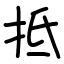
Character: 抵